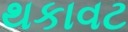
થકાવટ